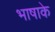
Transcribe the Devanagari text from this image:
भाषाके